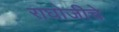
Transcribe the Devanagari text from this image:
राघोजीचे